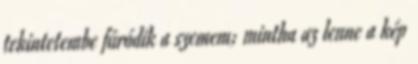
tekintetembe fúródik a szemem; mintha az lenne a kép